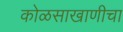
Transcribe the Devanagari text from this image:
कोळसाखाणीचा